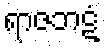
ရာဇဘဋံ